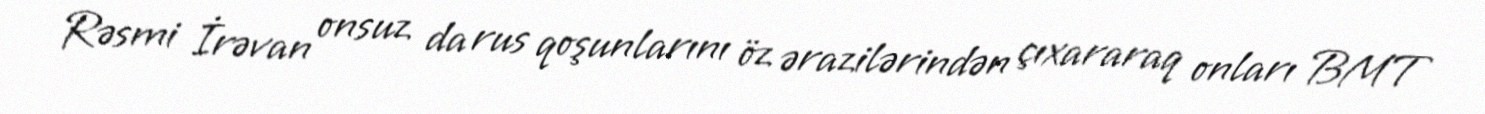
Rəsmi İrəvan onsuz da rus qoşunlarını öz ərazilərindən çıxararaq onları BMT